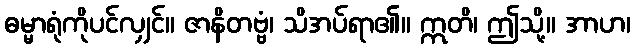
ဓမ္မာရုံကိုပင်လျှင်။ ဇာနိတဗ္ဗံ၊ သိအပ်ရာ၏။ ဣတိ၊ ဤသို့။ အာဟ၊